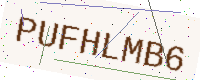
Text: PUFHLMB6